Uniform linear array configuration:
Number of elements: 48
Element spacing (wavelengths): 1
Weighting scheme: exponential
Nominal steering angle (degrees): -30
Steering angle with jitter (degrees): -31.532
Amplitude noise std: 0.05
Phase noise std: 0.05

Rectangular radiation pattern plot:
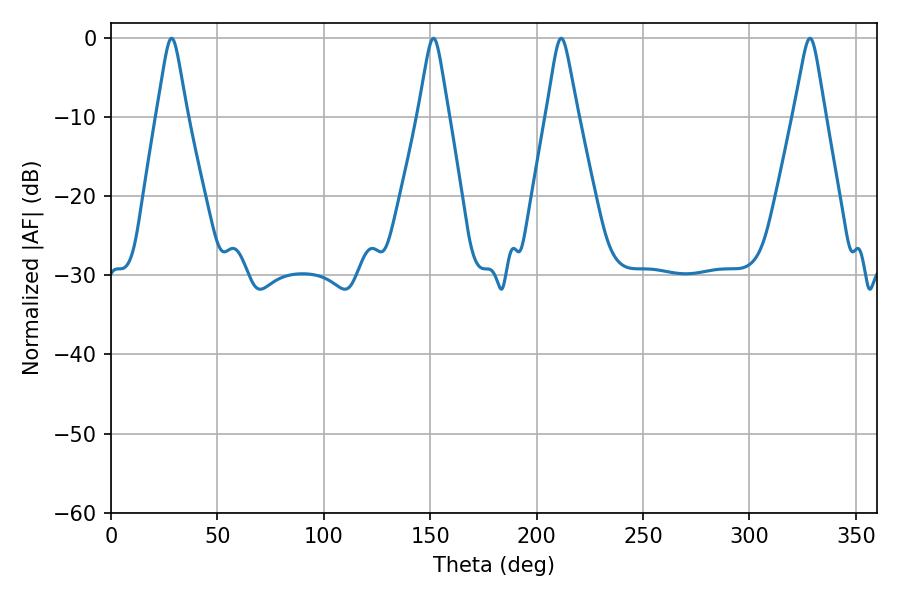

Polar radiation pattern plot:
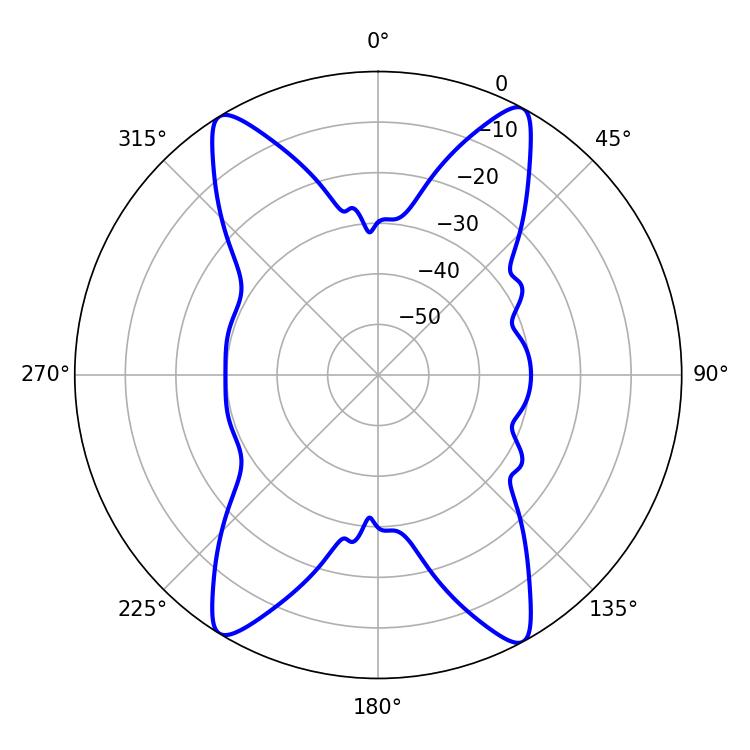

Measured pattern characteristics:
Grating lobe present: TRUE
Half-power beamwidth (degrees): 6.66
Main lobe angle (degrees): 28.44